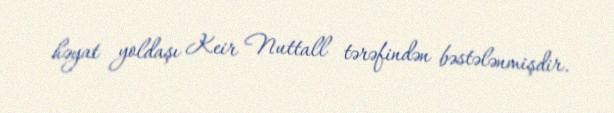
həyat yoldaşı Keir Nuttall tərəfindən bəstələnmişdir.